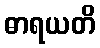
ဓာရယတိ